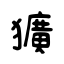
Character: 獷